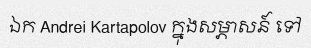
ឯក Andrei Kartapolov ក្នុងសម្ភាសន៍ ទៅ